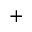
+